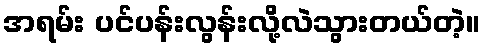
အရမ်း ပင်ပန်းလွန်းလို့လဲသွားတယ်တဲ့။